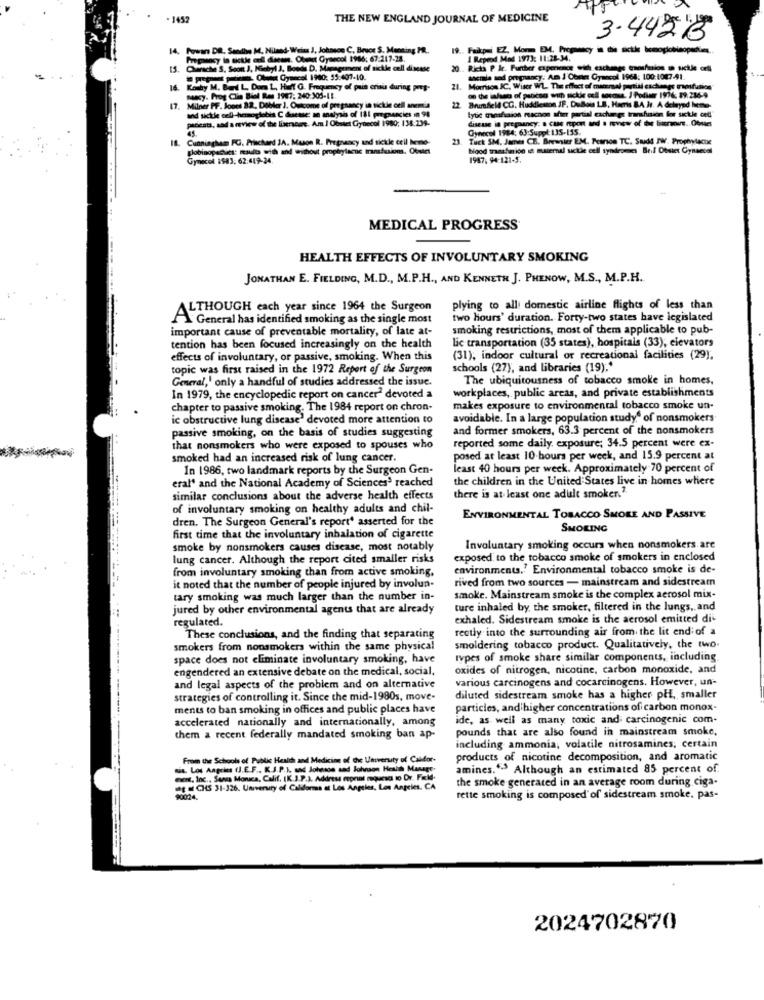
. 1452
THE NEW ENGLAND JOURNAL OF MEDICINE
3.44213
14
Powin DR. Sandhe M, Niland- Weiss J, Johnson C. Bruce S. Mensing MR.
19 ., Faikpsi EZ Mon EM, Pregnancy in die sickle hemoglobinoperles.
Pregnancy in sickle and disease. Obuest Gynecol 1986; 67:217-28.
I Reprod Mod 1973: 11:28-34.
Chirache S. Soon J. KGebyl J, Boods D. Management of sickle cell disease
20 .. Ricta P &c. Further experence with exchange (aosfuios a sickle orli
- Ol Gyaccel 1980: 35:407-10.
auchle so pregnancy. Am J'Obniet Gyancol 1968: 100:1007-41.
Koshy M. Band L. Dom L, Hielt G. Frequency of pain crisis during pres-
21. Morrison IC. Wiser WL. The effect of maternal partial cachange mosfusion"
nancy. Prog Clin Biel Res 1967: 240:305-11.
17. Milner PF. Joocs 32, Dobler 1. Outcome of pregnancy in sickle cell anemtia
17.
and sickle cell-hemoglobin C dusesse: an analysis of 111 pregnancies in 98
22 Brumfield CC. Huddleston JF. DuBois LB, Haenis BA Jr. A delayed home-
lytic macsfaion reacnon afim partial cachange transfusión for sickle cell"
piccata, sad a review of the liserbare. Am I Obniet Gynecol 1980; 138:239-
disease in pregaancy: a case report und a movew of the biuraours .. Obsaet
Gynecol 1984: 63:Suppl:135-155.
18. Cunningham FC. Prischard JA. Muson R. Pregnancy and sickle cell brno-
23. Tuck SM. James CB. Breenter EM. Pearson TC. Sudd IW. Prophylactxe
globinopschiet: results with and without prophylacte transfusions. Otsiet
blood trasfnice ia maternal sickle cell syndromes Beif Obstet Gynaecol
Gynecol 1983. 62:419-24.
1947, 94-121-5.
MEDICAL PROGRESS
HEALTH EFFECTS OF INVOLUNTARY SMOKING
JONATHAN E. FIELDING, M.D ., M.P.H ., AND KENNETH J. PHENOW, M.S ., M.P.H.
ALTHOUGH each year since 1964 the Surgeon
plying to all domestic airline flights of less than
General has identified smoking as the single most
two hours' duration. Forty-two states have legislated
important cause of preventable mortality, of late at-
smoking restrictions, most of them applicable to pub-
Lic transportation (35 states), hospitals (33), elevators
tention has been focused increasingly on the health
effects of involuntary, or passive, smoking. When this
(31), indoor cultural or recreational facilities (29).
topic was first raised in the 1972 Report of the Surgeon
schools (27), and libraries (19) ;*
General,' only a handful of studies addressed the issue.
The ubiquitousness of tobacco smoke in homes,
workplaces, public areas, and private establishments
In 1979, the encyclopedic report on cancer? devoted a
chapter to passive smoking. The 1984 report on chron-
makes exposure to environmental tobacco smoke un-
ic obstructive lung disease" devoted more attention to
avoidable. In a large population study" of nonsmokers
and former smokers, 63.3 percent of the nonsmokers
passive smoking, on the basis of studies suggesting
that nonsmokers who were exposed to spouses who
reported some daily, exposure; 34.5 percent were ex-
smoked had an increased risk of lung cancer.
posed at least 10 hours per week, and 15.9 percent at
In 1986, two landmark reports by the Surgeon Gen-
least 40 hours per week. Approximately 70 percent of
eral' and the National Academy of Sciences3 reached
the children in the United States live in homes where
similar conclusions about the adverse health effects
there is at least one adult smoker."
of involuntary smoking on healthy adults and chil-
dren. The Surgeon General's report" asserted for the
ENVIRONMENTAL TOBACCO SMOKE AND PASSIVE
SMOKING
first time that the involuntary inhalation of cigarette
smoke by nonsmokers causes disease, most notably
Involuntary smoking occurs when nonsmokers are
lung cancer. Although the report cited smaller risks
exposed to the tobacco smoke of smokers in enclosed
from involuntary smoking than from active smoking.
environments.' Environmental tobacco smoke is de-
rived from two sources - mainstream and sidestream
it noted that the number of people injured by involun-
tary smoking was much larger than the number in-
smoke. Mainstream smoke is the complex aerosol mix-
jured by other environmental agents that are already
ture inhaled by the smoker, filtered in the lungs, and
regulated.
exhaled. Sidestream smoke is the aerosol emitted di
rectly into the surrounding air from the lit end of a
These conclusions, and the finding that separating
smokers from nonsmokers within the same physical
smoldering tobacco product. Qualitatively, the two.
space does not eliminate involuntary smoking, have
types of smoke share similar components, including
engendered an extensive debate on the medical, social,
oxides of nitrogen, nicotine, carbon monoxide, and
various carcinogens and cocarcinogens. However, un-
and legal aspects of the problem and on alternative
strategies of controlling it. Since the mid-1980s, move-
diluted sidestream smoke has a higher pHE, smaller
ments to ban smoking in offices and public places have
particles, and higher concentrations of carbon monox-
accelerated nationally and internationally, among
ide, as well as many toxic and carcinogenic com-
pounds that are also found in mainstream smoke,
them a recent federally mandated smoking ban ap-
including ammonia, volatile nitrosamines; certain
From the Schools of Public Health and Medicine of the University of Califor-
products of nicotine decomposition, and aromatic
us. Los Angeles (J.E.F .. K.S.P.), and John
1. and Johnson and Johnson Heaith Manage-
amines."> Although an estimated 85 percent of.
med, Inc ., Santa Monica, Calif. [K.J.P.). Address reprint requersa to Dr. Field-
the smoke generated in an average room during ciga-
= = C 31-326. Umrveniry of Califorss at Los Angeles, Los Angeles, CA
rette smoking is composed of sidestream smoke, pas-
2024702870